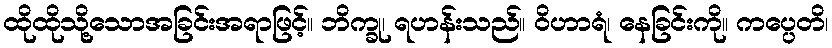
ထိုထိုသို့သောအခြင်းအရာဖြင့်။ ဘိက္ခု၊ ရဟန်းသည်။ ဝိဟာရံ၊ နေခြင်းကို။ ကပ္ပေတိ၊